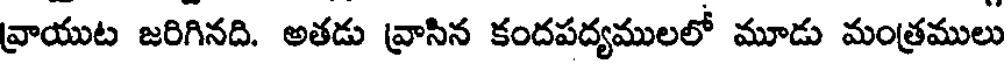
వ్రాయుట జరిగినది. అతడు వ్రాసిన కందపద్యములలో మూడు మంత్రములు